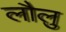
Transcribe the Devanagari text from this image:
लौलु